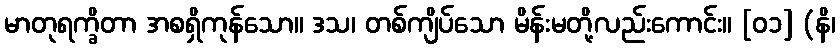
မာတုရက္ခိတာ အစရှိကုန်သော။ ဒသ၊ တစ်ကျိပ်သော မိန်းမတို့လည်းကောင်း။ [၀၁] (နိ၊